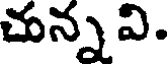
చున్నవి.